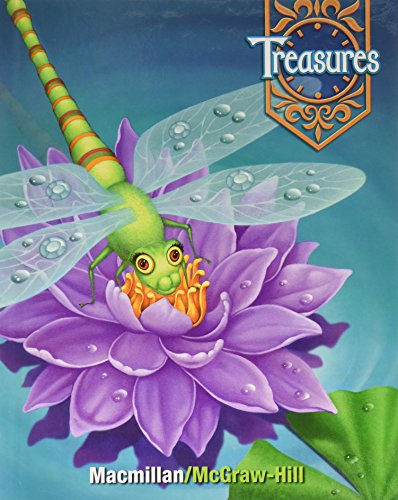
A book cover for Treasures: A Reading Language Arts Program Grade 2 Book 2; Donald R. Bear; Children's Books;